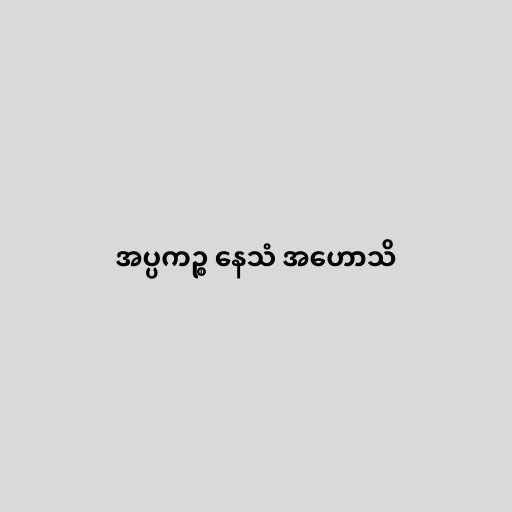
အပ္ပကဉ္စ နေသံ အဟောသိ